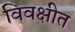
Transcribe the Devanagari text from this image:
विवक्षीत